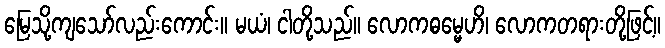
မြေသို့ကျသော်လည်းကောင်း။ မယံ၊ ငါတို့သည်။ လောကဓမ္မေဟိ၊ လောကတရားတို့ဖြင့်။